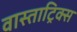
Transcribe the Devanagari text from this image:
वास्ताट्रिक्स